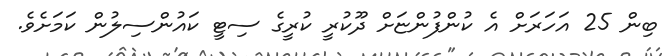
ބިން 25 އަހަރަށް އެ ކުންފުންޏަށް ދޫކުރީ ކުރީގެ ސިޓީ ކައުންސިލުން ކަމަށެވެ.